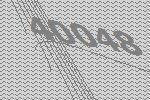
40048